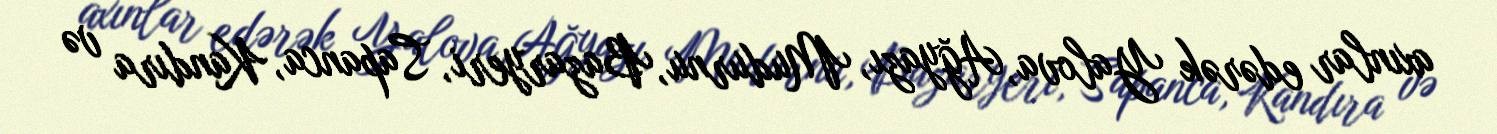
axınlar edərək Yalova, Ağyazı, Mudurnu, Bazaryeri, Sapanca, Kandıra və